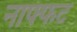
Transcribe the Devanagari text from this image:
नाफ्फट